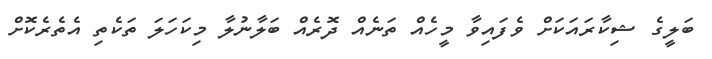
ބަލީގެ ޝިކާރައަކަށް ވެފައިވާ މީހެއް ތަނެއް ދޮރެއް ބަލާނުލާ މިކަހަލަ ތަކެތި އެތެރެކޮށް